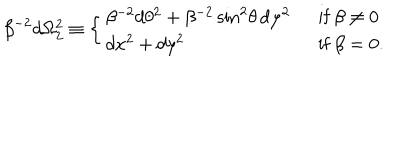
\beta ^ { - 2 } d \Omega _ { 2 } ^ { 2 } \equiv \left\{ \begin{array} { l l } { { \beta ^ { - 2 } d \theta ^ { 2 } + \beta ^ { - 2 } \sin ^ { 2 } \! \theta \, d \varphi ^ { 2 } \ \ } } & { { { \mathrm { i f ~ } } \beta \neq 0 } } \\ { { d x ^ { 2 } + d y ^ { 2 } } } & { { { \mathrm { i f ~ } } \beta = 0 . } } \\ \end{array} \right.